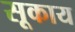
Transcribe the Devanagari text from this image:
सूकाय